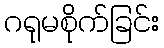
ဂရုမစိုက်ခြင်း